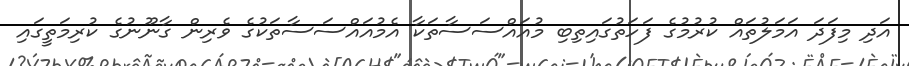
އަދި މިފަދަ އަމަލުތައް ކުރުމުގެ ފަހަތުގައިތިބި މުއައްސަސާތަކާ އެމުއައްސަސާތަކުގެ ވެރިން ގާނޫނުގެ ކުރިމަތީގައި